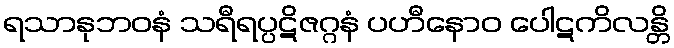
ရသာနုဘဝနံ သရီရပ္ပဋိဇဂ္ဂနံ ပဟီနောဝ ပေါဋကိလန္တိ